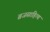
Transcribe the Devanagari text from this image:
ब्रजसाहित्य